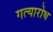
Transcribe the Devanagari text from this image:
गत्यारोध